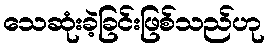
သေဆုံးခဲ့ခြင်းဖြစ်သည်ဟု